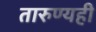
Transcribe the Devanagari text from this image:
तारुण्यही